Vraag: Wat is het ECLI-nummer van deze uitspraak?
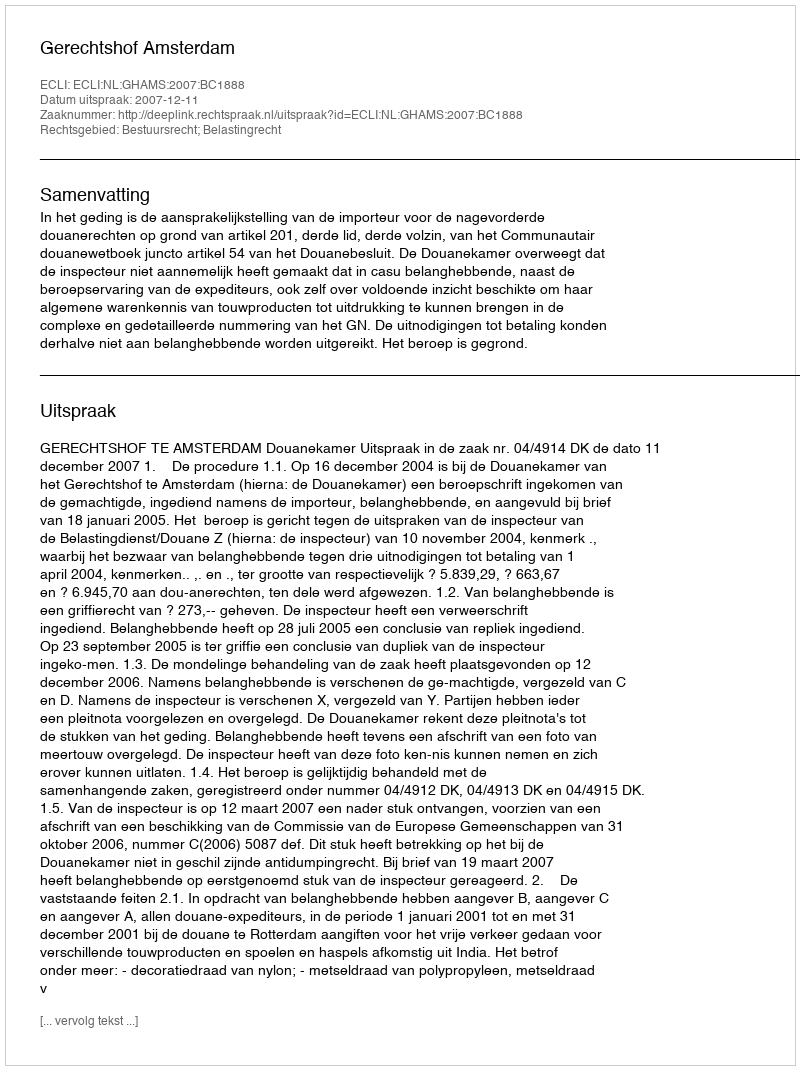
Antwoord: ECLI:NL:GHAMS:2007:BC1888